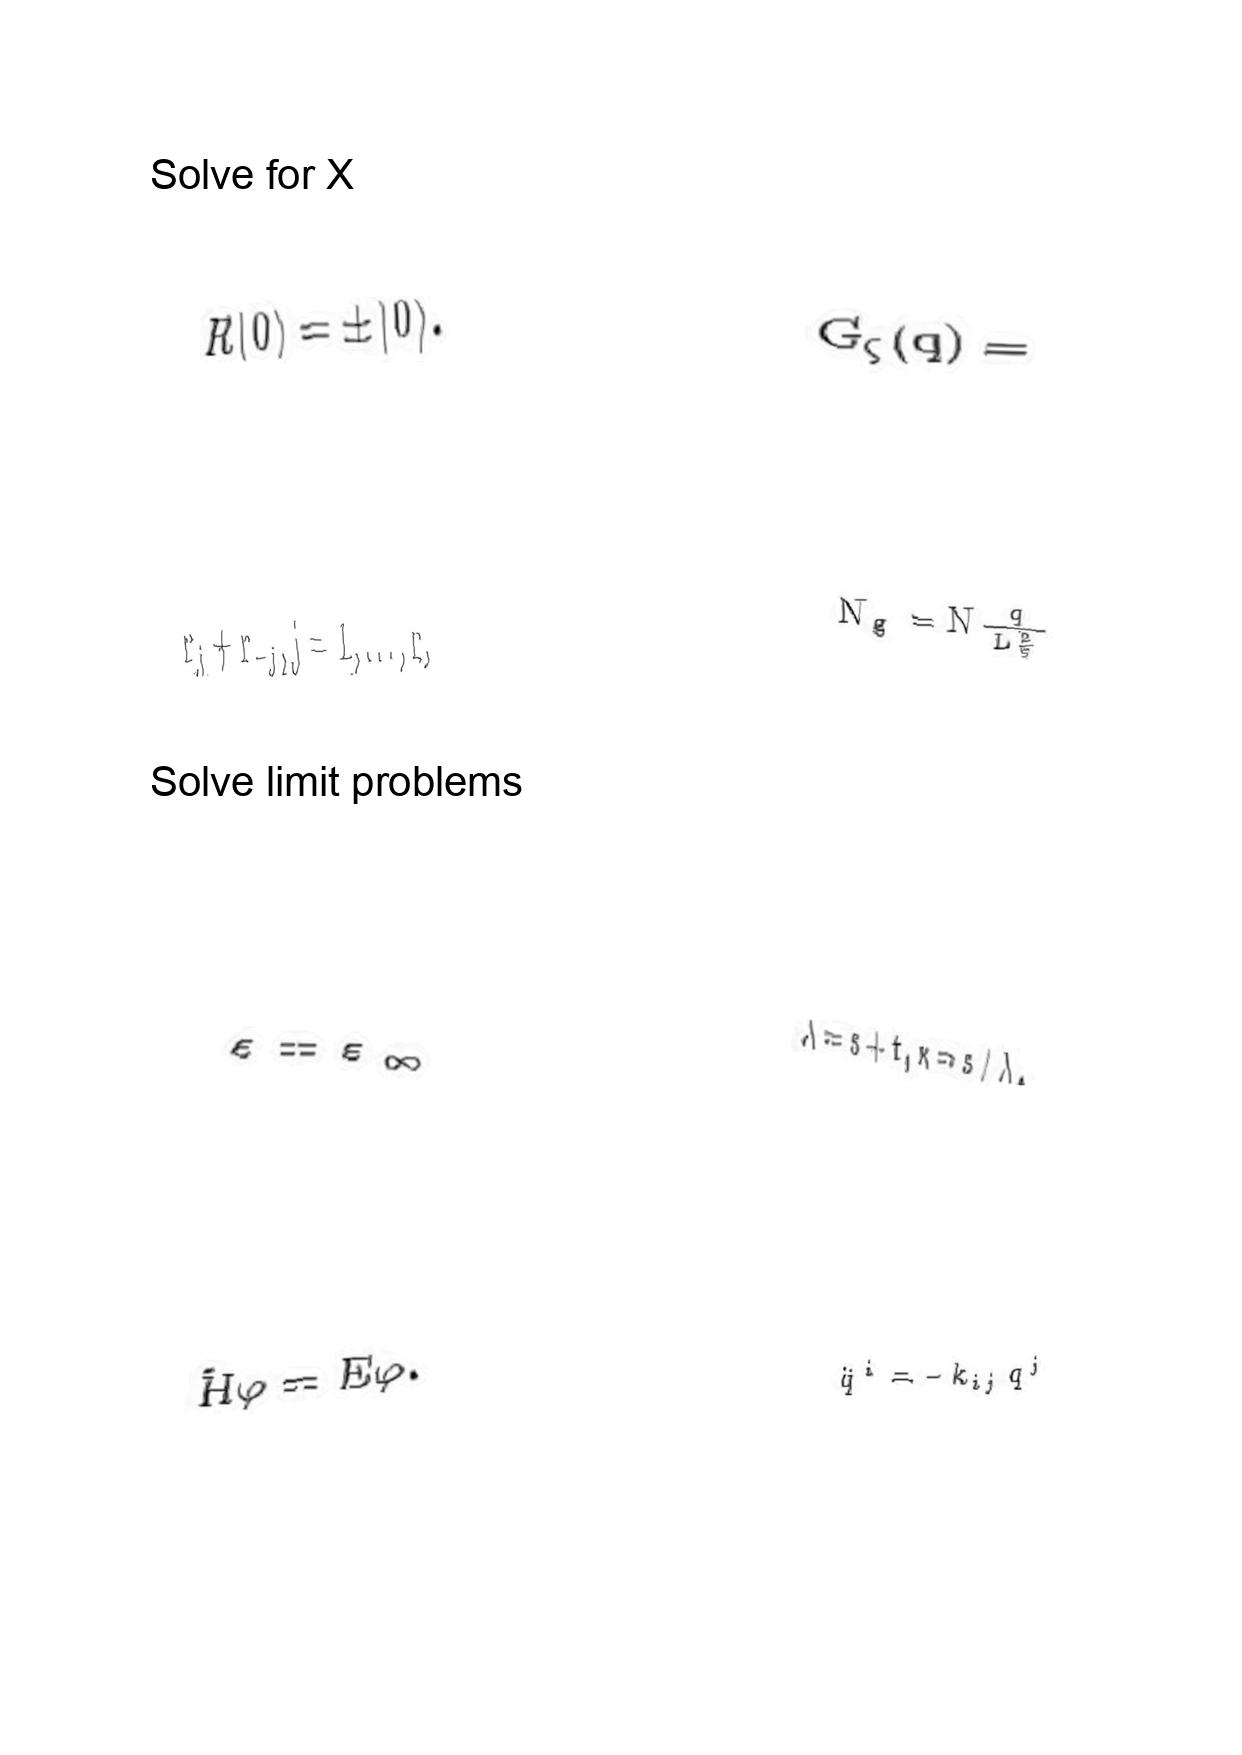
LaTeX transcription:
R \vert 0 \rangle = \pm \vert 0 \rangle .
r _ { j } + r _ { - j } , j = 1 , \ldots , r ,
\varepsilon = \varepsilon _ { \infty }
\hat { H } \varphi = E \varphi .
G _ { \zeta } \lparen q \rparen =
N _ { g } = N \frac { q } { L _ { 5 } ^ { 2 } }
\lambda = s + t , x = s / \lambda .
\ddot { q } ^ { i } = - k _ { i j } q ^ { j }